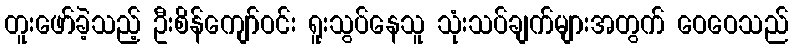
တူးဖော်ခဲ့သည့် ဦးစိန်ကျော်ဝင်း ရူးသွပ်နေသူ သုံးသပ်ချက်များအတွက် ဝေဝေသည်